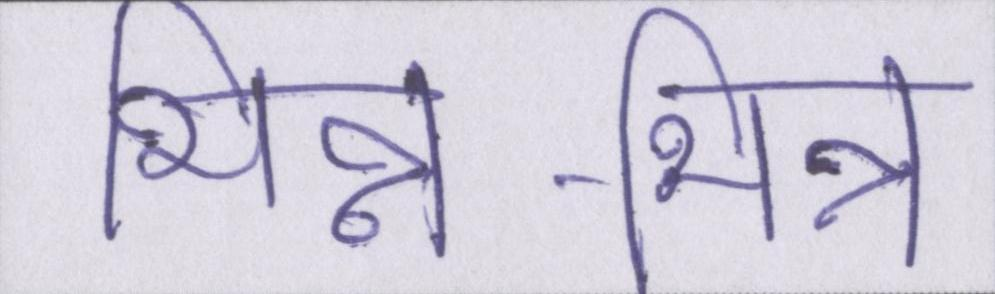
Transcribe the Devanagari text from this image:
भिन्न-भिन्न